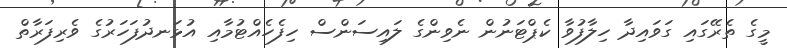
މީގެ ތެރޭގައި ގަވައިދާ ހިލާފުވާ ކެޕްޓަނުން ނެވިންގެ ލައިސަންސް ހިފެހެއްޓުމާއި އުޅަނދުފަހަރުގެ ވެރިފަރާތް